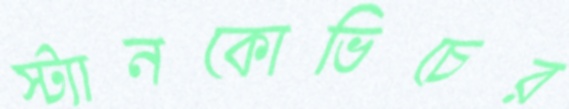
স্ট্যানকোভিচের